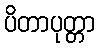
ပိတာပုတ္တာ